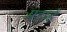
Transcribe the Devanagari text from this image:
महाई